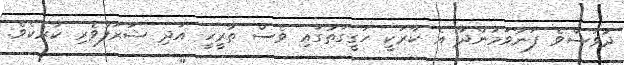
ދުވަސްވެ ފަނާވަމުންދާ އެ ކާރަކީ ހަގީގަތުގައި ވެސް ތާރީހީ އަދި ޝަރަފުވެރި ކާރެކެވެ.